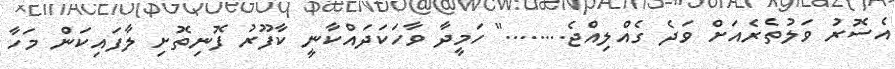
އެސޮރު ވަލުތެރެއަށް ވަދެ ގެއްލިއްޖެ........" ހަމީދާ ވާހަކަދައްކާނީ ކާފޫރު ފޮނިތޮށި ލާފައިކަން މަހާ